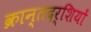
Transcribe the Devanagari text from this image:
क्रान्तदर्शियों